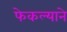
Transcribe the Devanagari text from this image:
फेकल्याने